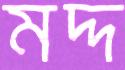
মদ্দ